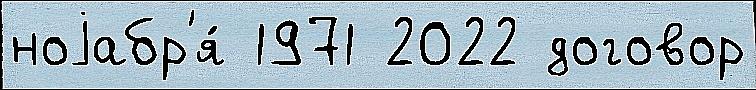
ноjабр'я́ 1971 2022 договор